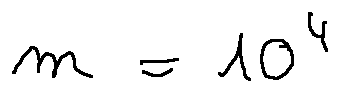
m = 1 0 ^ { 4 }